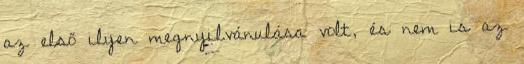
az első ilyen megnyilvánulása volt, és nem is az